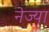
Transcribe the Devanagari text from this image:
नेज्या